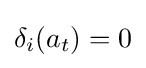
\delta _{i}(a_{t})=0